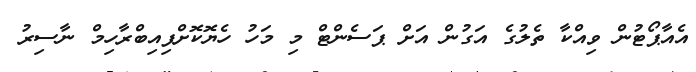
އެއާޕޯޓުން ވިއްކާ ތެލުގެ އަގުން އަށް ޕަސެންޓް މި މަހު ހެޔޮކޮށްފިއިބްރާހިމް ނާސިރު